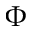
\Phi